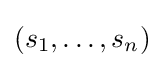
(s_{1},\ldots ,s_{n})